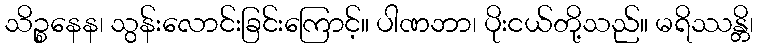
သိဉ္စနေန၊ သွန်းလောင်းခြင်းကြောင့်။ ပါဏဘာ၊ ပိုးငယ်တို့သည်။ မရိဿန္တိ၊